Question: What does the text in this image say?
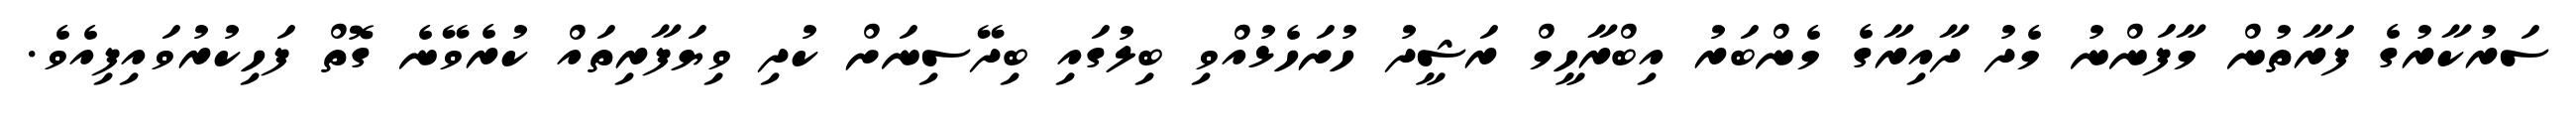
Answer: ސަރުކާރުގެ ފަރާތުން މާފަންނު މެދު ދާއިރާގެ މެންބަރު އިބްރާހީމް ރަޝީދު ހުށަހެޅުއްވި ބިލުގައި ބިދޭސިނަށް ކުދި ވިޔަފާރިތައް ކުރެވޭނެ ގޮތް ފަހިކުރުވައިފިއެވެ.